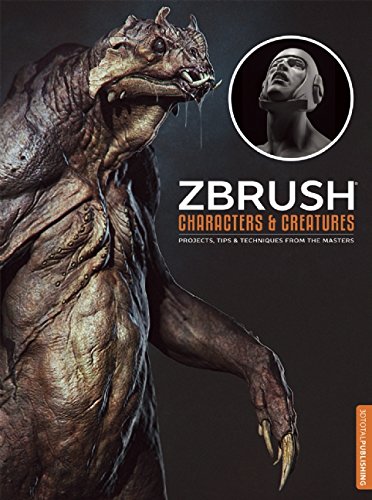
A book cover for ZBrush Characters and Creatures; Kurt Papstein; Arts & Photography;